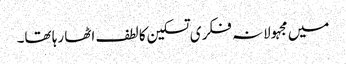
میں مجہولانہ فکری تسکین کا لطف اٹھا رہا تھا۔